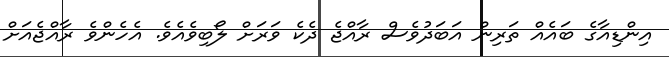
އިންޑިއާގެ ބައެއް ތަރިން އަބަދުވެސް ރާއްޖެ ދެކެ ވަރަށް ލޯބިވެއެވެ. އެހެންވެ ރާއްޖެއަށް